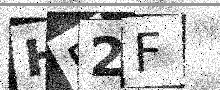
Text: HP2F